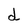
Character: d